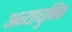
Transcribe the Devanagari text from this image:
अन्याधुनिक